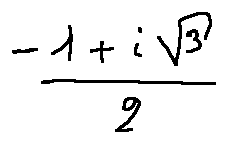
\frac { - 1 + i \sqrt { 3 } } { 2 }